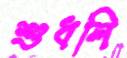
শুধলি